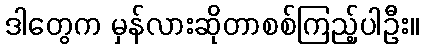
ဒါတွေက မှန်လားဆိုတာစစ်ကြည့်ပါဦး။